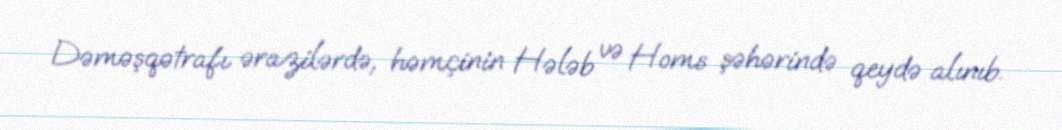
Dəməşqətrafı ərazilərdə, həmçinin Hələb və Homs şəhərində qeydə alınıb.